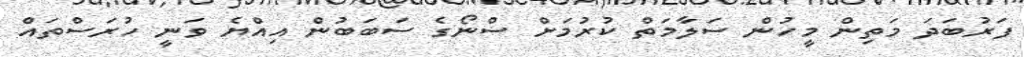
ފަރުބަދަ މަތިން މީހުން ސަލާމަތް ކުރުމަށް ސްނޯގެ ސަބަބުން އިއްޔެ ވަނީ ހުރަސްތައް